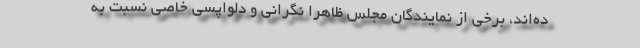
ده‌اند،‌ برخی از نمایندگان مجلس ظاهرا نگرانی و دلواپسی خاصی نسبت به